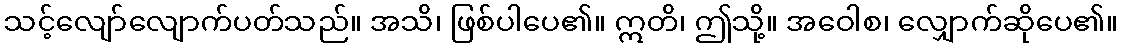
သင့်လျော်လျောက်ပတ်သည်။ အသိ၊ ဖြစ်ပါပေ၏။ ဣတိ၊ ဤသို့။ အဝေါစ၊ လျှောက်ဆိုပေ၏။